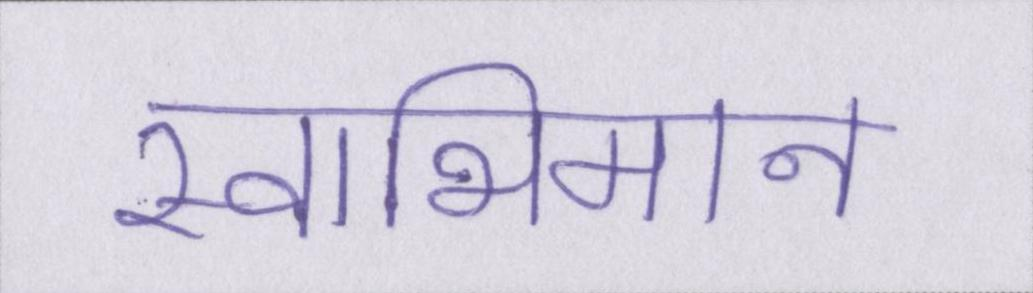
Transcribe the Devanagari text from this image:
स्वाभिमान